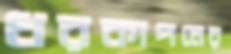
ধরকাপনের